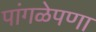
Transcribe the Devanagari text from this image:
पांगळेपणा